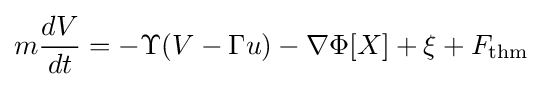
m{\frac {d{V}}{d{t}}}=-\Upsilon (V-\Gamma {u})-\nabla \Phi [X]+\xi +F_{\mathrm {thm} }